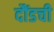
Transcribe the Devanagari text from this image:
दौंडची